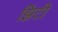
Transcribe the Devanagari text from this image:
झिंटी